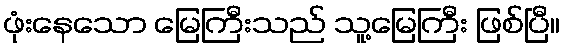
ဖုံးနေသော မြေကြီးသည် သူ့မြေကြီး ဖြစ်ပြီ။